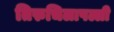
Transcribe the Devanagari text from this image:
तिरुचिलापल्ली